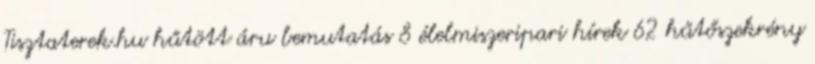
Tisztaterek.hu hűtött áru bemutatás 8 élelmiszeripari hírek 62 hűtőszekrény